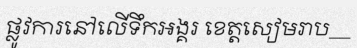
ផ្លូវការនៅលើទឹកអង្គរ ខេត្តសៀមរាប__